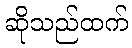
ဆိုသည်ထက်